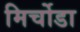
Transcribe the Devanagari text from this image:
मिर्चोडा